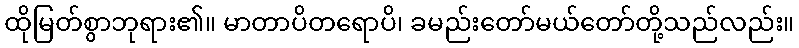
ထိုမြတ်စွာဘုရား၏။ မာတာပိတရောပိ၊ ခမည်းတော်မယ်တော်တို့သည်လည်း။